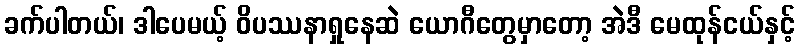
ခက်ပါတယ်၊ ဒါပေမယ့် ဝိပဿနာရှုနေဆဲ ယောဂီတွေမှာတော့ အဲဒီ မေထုန်ငယ်နှင့်